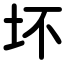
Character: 坏